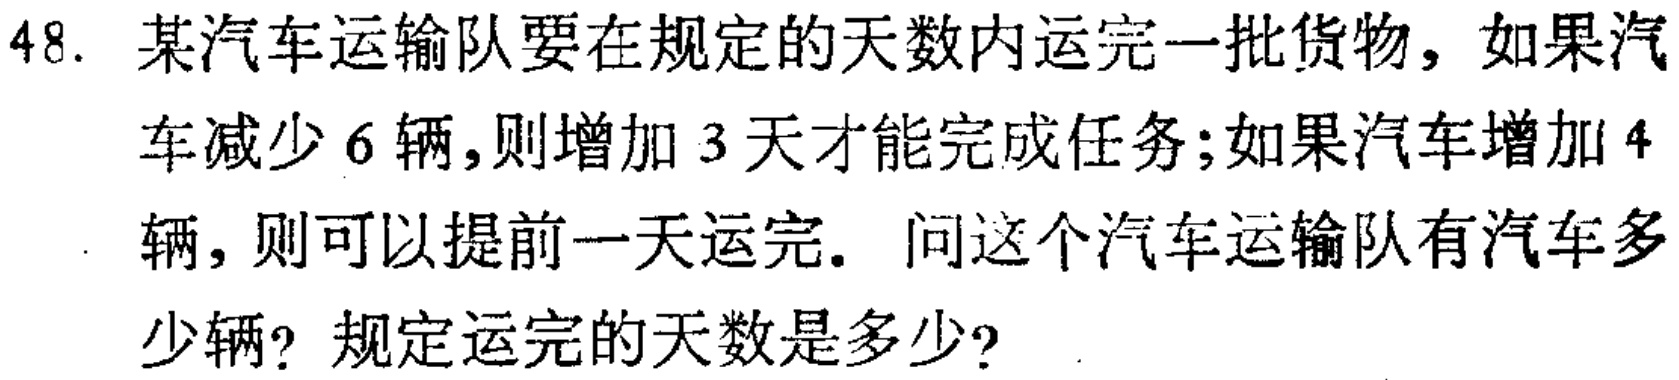
48. 某汽车运输队要在规定的天数内运完一批货物，如果汽车减少6辆，则增加3天才能完成任务；如果汽车增加4辆，则可以提前一天运完。问这个汽车运输队有汽车多少辆？规定运完的天数是多少？